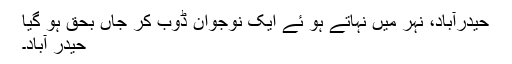
حیدرآباد، نہر میں نہاتے ہو ئے ایک نوجوان ڈوب کر جاں بحق ہو گیا
حیدر آباد۔